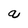
Character: a